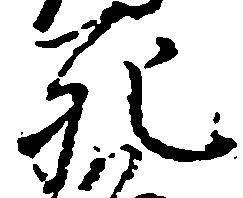
死